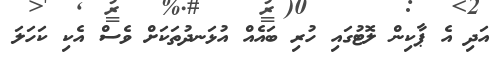
އަދި އެ ޕާކިން ލޮޓުގައި ހުރި ބައެއް އުޅަނދުތަކަށް ވެސް އެކި ކަހަލަ